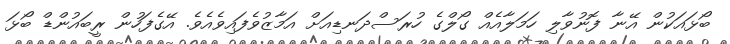
ބޯޅައަކުން އޭނާ ފޮނުވާލި ހަމަލާއެއް ގޯލްގެ ހުރަސްދަނޑިއަށް އަމާޒުވެފައިވެއެވެ. އޭގެފަހުން ރީބައުންޑް ބޯޅަ